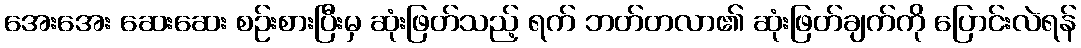
အေးအေး ဆေးဆေး စဉ်းစားပြီးမှ ဆုံးဖြတ်သည့် ရက် ဘတ်တလာ၏ ဆုံးဖြတ်ချက်ကို ပြောင်းလဲရန်